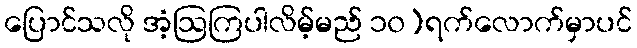
ပြောင်သလို အံ့ဩကြပါလိမ့်မည် ၁၀)ရက်လောက်မှာပင်